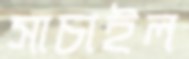
সাচাইল